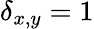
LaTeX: \delta_{x,y}=1